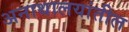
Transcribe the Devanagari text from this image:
अनाथालयांतील